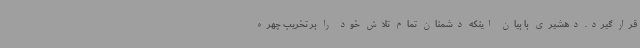
قرار گیرد. دهشیری با بیان اینکه دشمنان تمام تلاش خود را بر تخریب چهره